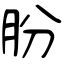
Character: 朌